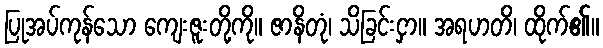
ပြုအပ်ကုန်သော ကျေးဇူးတို့ကို။ ဇာနိတုံ၊ သိခြင်းငှာ။ အရဟတိ၊ ထိုက်၏။